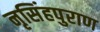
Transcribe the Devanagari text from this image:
नृसिंहपुराण